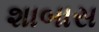
શાબાસ